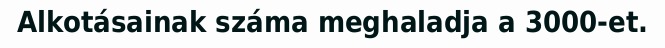
Alkotásainak száma meghaladja a 3000-et.